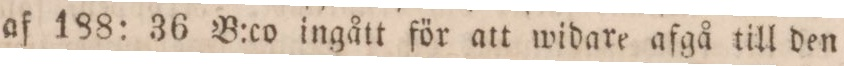
af 188: 36 B:co ingått för att widare afgå till den